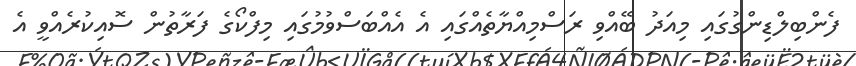
ފެންބިލްޑިންގުގައި މިއަދު ބޭއްވި ރަސްމިއްޔާތެއްގައި އެ އެއްބަސްވުމުގައި މިފްކޯގެ ފަރާތުން ސޮއިކުރެއްވީ އެ